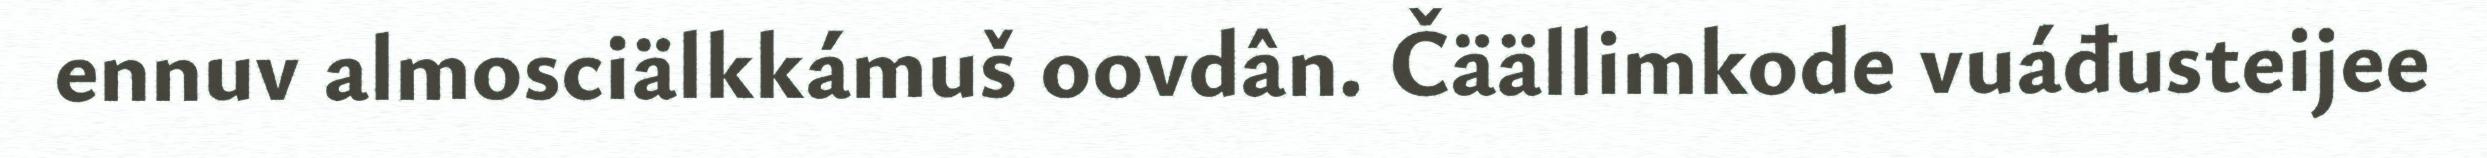
ennuv almosciälkkámuš oovdân. Čäällimkode vuáđusteijee